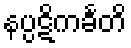
နပ္ပဋိကင်္ခတိ